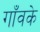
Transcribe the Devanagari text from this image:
गाँवके